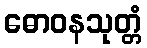
ဓောဝနသုတ္တံ